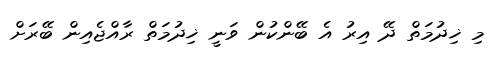
މި ޚިދުމަތް ދޭ އިރު އެ ބޭންކުން ވަނީ ޚިދުމަތް ރާއްޖެއިން ބޭރަށް